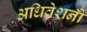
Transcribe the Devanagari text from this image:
अधिवेशनोँ